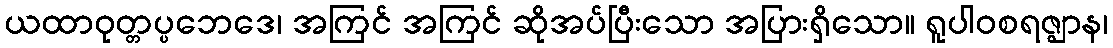
ယထာဝုတ္တပ္ပဘေဒေ၊ အကြင် အကြင် ဆိုအပ်ပြီးသော အပြားရှိသော။ ရူပါဝစရဇ္ဈာန၊